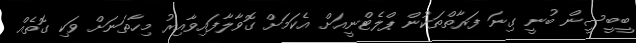
ބީބީސީން ބުނީ ގިނަ ފަރާތްތަކުން ޕްލެޓްނީއަށް އެކަމަށް ގޮވާލާފައިވާއިރު މިހާތަނަށް ވަކި ގޮތެއް